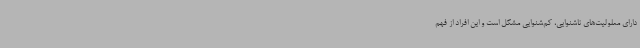
دارای معلولیت‌های ناشنوایی، کم‌شنوایی مشکل است و این افراد از فهم